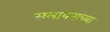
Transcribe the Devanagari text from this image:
सलायनाच्या